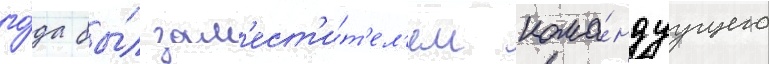
го́да бы́л зам'ест'и́т'ел'ем кома́ндуущего